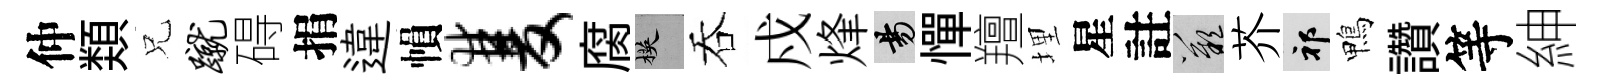
仲𩔖兄蹴碍捐違𢄙双腐楧吞戍烽昜憚羶埋星註嘆芥祁鴨讚等紳